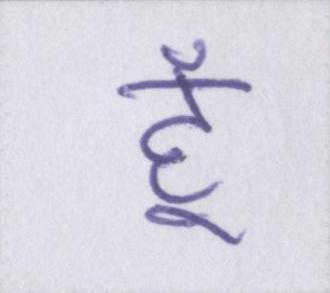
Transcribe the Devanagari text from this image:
हूँ